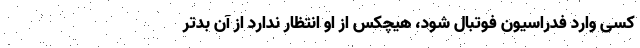
کسی وارد فدراسیون فوتبال شود، هیچکس از او انتظار ندارد از آن بدتر